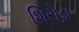
શિરોડા